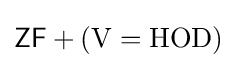
{\mathsf {ZF}}+({\mathrm {V} }={\mathrm {HOD} })